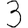
Digit: 3